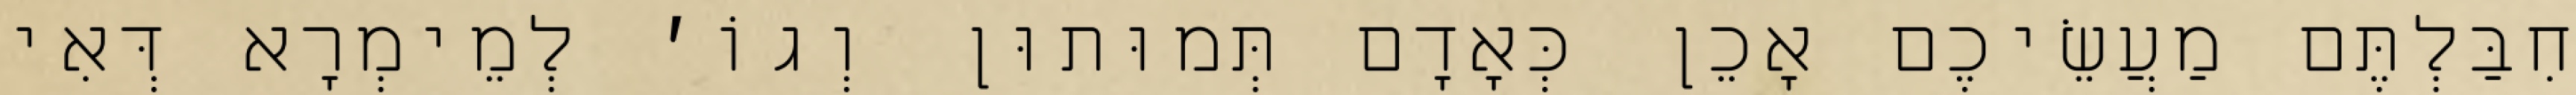
חִבַּלְתֶּם מַעֲשֵׂיכֶם אָכֵן כְּאָדָם תְּמוּתוּן וְגוֹ׳ לְמֵימְרָא דְּאִי